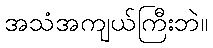
အသံအကျယ်ကြီးဘဲ။